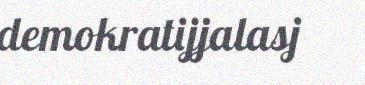
demokratijjalasj